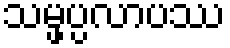
သမ္ဖပ္ပလာပဿ